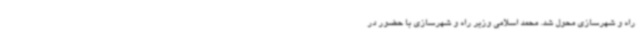
راه و شهرسازی محول شد. محمد اسلامی وزیر راه و شهرسازی با حضور در